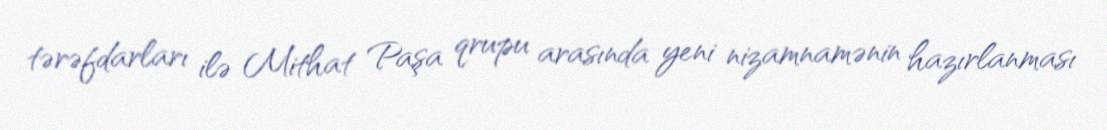
tərəfdarları ilə Mithat Paşa qrupu arasında yeni nizamnamənin hazırlanması